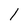
Character: l